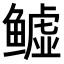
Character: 𬶬